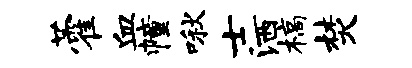
藿血幢啾士洒槁焚